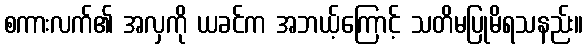
စကားလက်၏ အလှကို ယခင်က အဘယ့်ကြောင့် သတိမပြုမိရသနည်း။